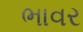
ભાવર